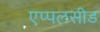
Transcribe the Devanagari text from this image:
एप्पलसीड